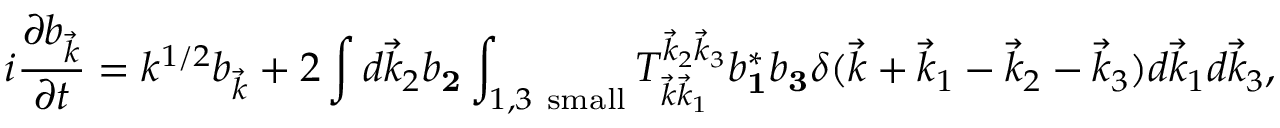
i \frac { \partial b _ { \vec { k } } } { \partial t } = k ^ { 1 / 2 } b _ { \vec { k } } + 2 \int d \vec { k } _ { 2 } b _ { \mathbf 2 } \int _ { 1 , 3 \mathrm { ~ s m a l l } } T _ { \vec { k } \vec { k } _ { 1 } } ^ { \vec { k } _ { 2 } \vec { k } _ { 3 } } b _ { \mathbf 1 } ^ { * } b _ { \mathbf 3 } \delta ( \vec { k } + \vec { k } _ { 1 } - \vec { k } _ { 2 } - \vec { k } _ { 3 } ) d \vec { k } _ { 1 } d \vec { k } _ { 3 } ,